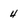
Character: 4